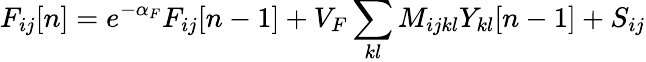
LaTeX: F_{ij}[n]=e^{-\alpha_{F}}F_{ij}[n-1]+V_{F}\sum_{kl}M_{ijkl}Y_{kl}[n-1]+S_{ij}